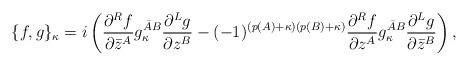
LaTeX: \begin{align*}\{ f,g\}_\kappa = i\left( \frac{\partial ^R f}{\partial \bar z^A} g^{{\bar A}B}_\kappa \frac{\partial ^L g}{\partial z^B} - (-1)^{(p(A)+\kappa)(p(B)+\kappa)} \frac{\partial ^R f}{\partial z^A} g^{{\bar A}B}_\kappa \frac{\partial ^L g }{\partial \bar z^B} \right),\end{align*}